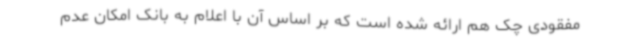
مفقودی چک هم ارائه شده است که بر اساس آن با اعلام به بانک امکان عدم